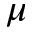
\mu